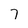
Character: 7